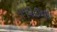
૧૧૨૭ના